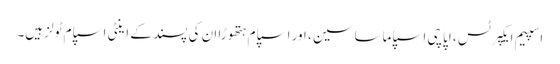
اسپیم ایکپرٹس ، اپاچی اسپاماساسین ، اور اسپام ہتھوڑا ان کی پسند کے اینٹی اسپام ٹولز ہیں۔